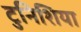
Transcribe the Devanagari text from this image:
टुनिशिया